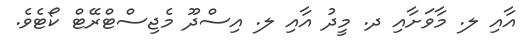
އާއި ލ. މާވަށާއި ދ. މީދު އާއި ލ. އިސްދޫ މެޖިސްޓްރޭޓް ކޯޓެވެ.